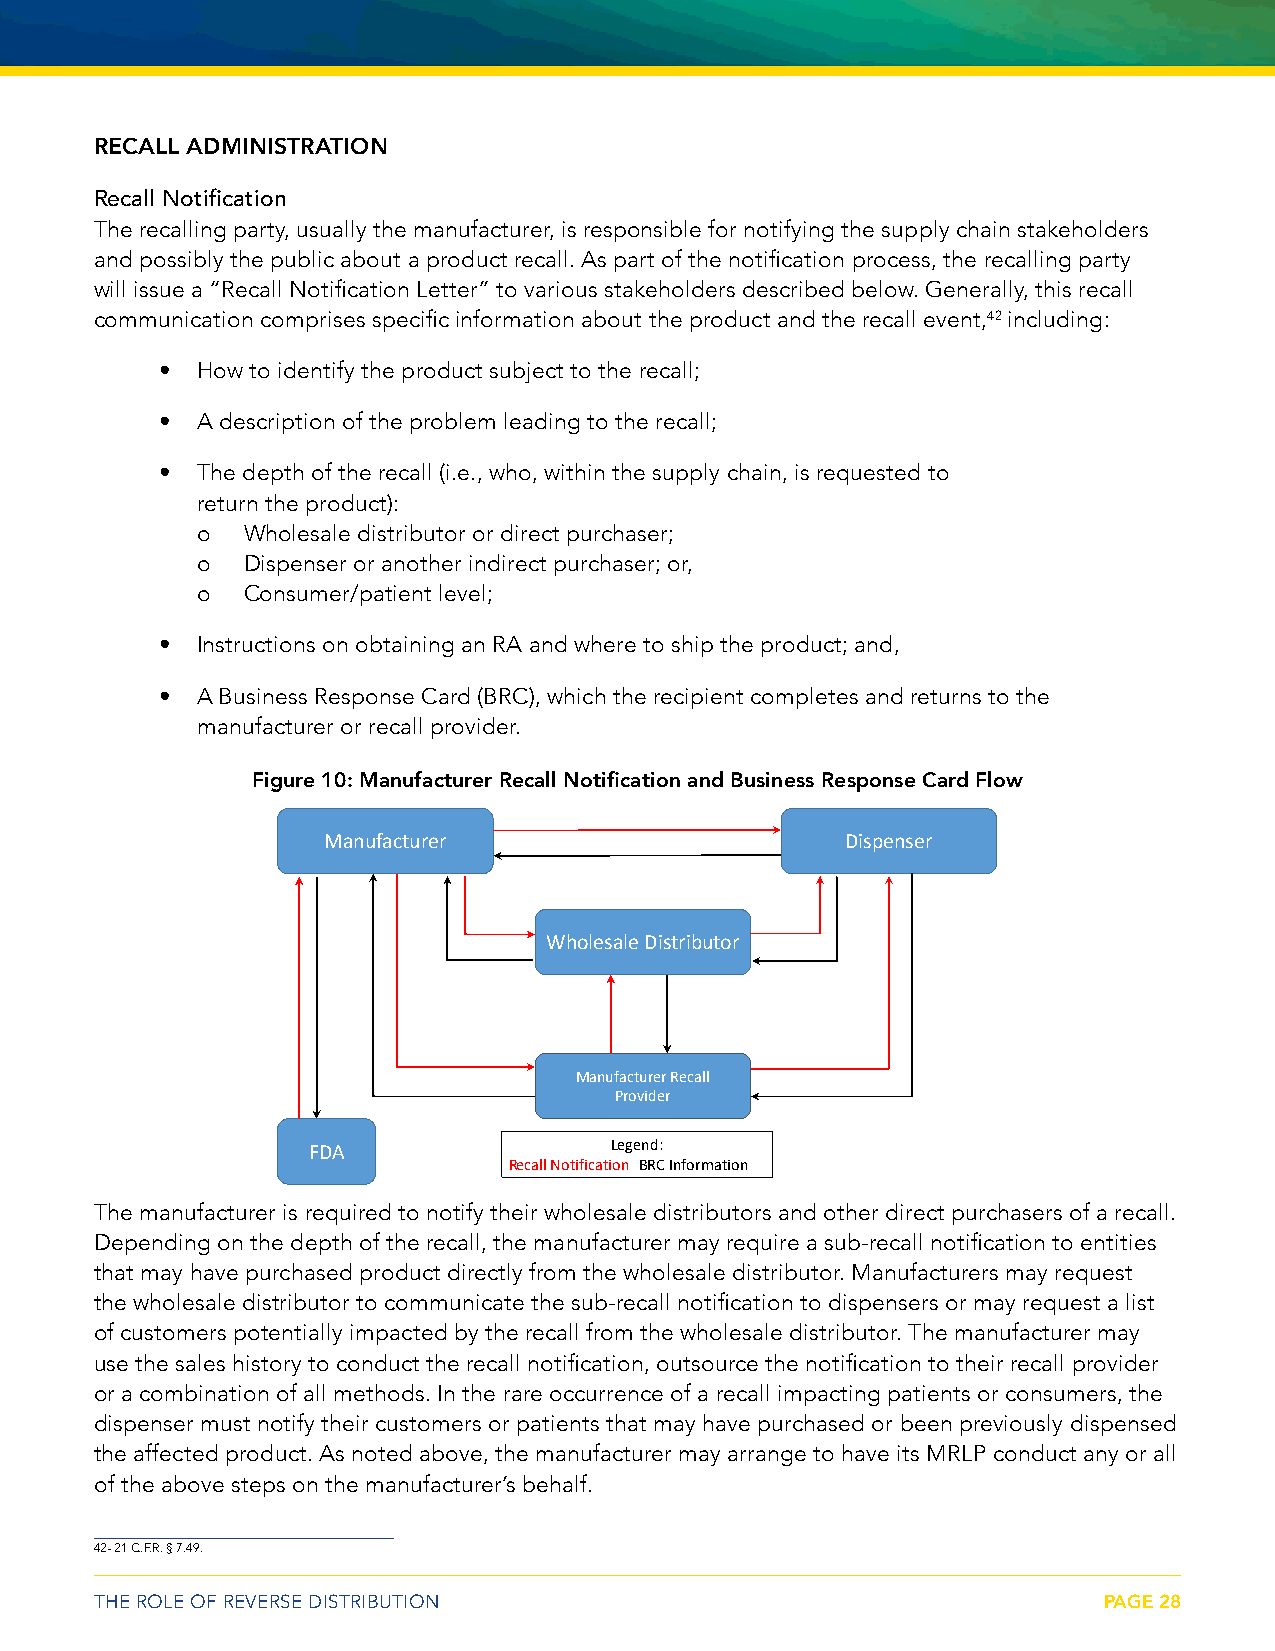
RECALL ADMINISTRATION
 Recall Notification
 The recalling party, usually the manufacturer, is responsible for notifying the supply chain stakeholders
 and possibly the public about a product recall. As part of the notification process, the recalling party
 will issue a “Recall Notification Letter” to various stakeholders described below. Generally, this recall
 communication comprises specific information about the product and the recall event,42 including:
 • How to identify the product subject to the recall;
 • A description of the problem leading to the recall;
 • The depth of the recall (i.e., who, within the supply chain, is requested to
 return the product):
 o  Wholesale distributor or direct purchaser;
 o  Dispenser or another indirect purchaser; or,
 o  Consumer/patient level;
 • Instructions on obtaining an RA and where to ship the product; and,
 • A Business Response Card (BRC), which the recipient completes and returns to the
 manufacturer or recall provider.
 Figure 10: Manufacturer Recall Notification and Business Response Card Flow
 Manufacturer                       Dispenser
 Wholesale Distributor
 Manufacturer Recall
 Provider
 FDA                 Legend:
 Recall Notification BRC Information
 The manufacturer is required to notify their wholesale distributors and other direct purchasers of a recall.
 Depending on the depth of the recall, the manufacturer may require a sub-recall notification to entities
 that may have purchased product directly from the wholesale distributor. Manufacturers may request
 the wholesale distributor to communicate the sub-recall notification to dispensers or may request a list
 of customers potentially impacted by the recall from the wholesale distributor. The manufacturer may
 use the sales history to conduct the recall notification, outsource the notification to their recall provider
 or a combination of all methods. In the rare occurrence of a recall impacting patients or consumers, the
 dispenser must notify their customers or patients that may have purchased or been previously dispensed
 the affected product. As noted above, the manufacturer may arrange to have its MRLP conduct any or all
 of the above steps on the manufacturer’s behalf.
 42- 21 C.F.R. § 7.49.
 THE ROLE OF REVERSE DISTRIBUTION                                   PAGE 28